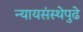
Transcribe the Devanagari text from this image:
न्यायसंस्थेपुढे